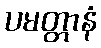
ပမတ္တာနံ